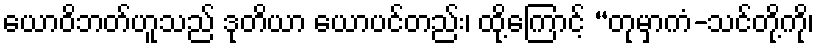
ယောဝိဘတ်ဟူသည် ဒုတိယာ ယောပင်တည်း၊ ထို့ကြောင့် “တုမှာကံ-သင်တို့ကို၊